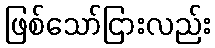
ဖြစ်သော်ငြားလည်း